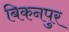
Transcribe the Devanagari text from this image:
बिकनपुर